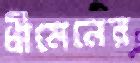
ধীমেনের